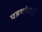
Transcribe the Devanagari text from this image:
पडद्यांवरही